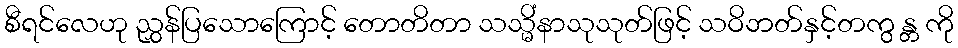
စီရင်လေဟု ညွှန်ပြသောကြောင့် တောတိတာ သသ္မိံနာသုသုတ်ဖြင့် သဝိဘတ်နှင့်တကွ န္တ ကို